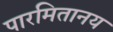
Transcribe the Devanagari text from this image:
पारमितानय